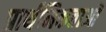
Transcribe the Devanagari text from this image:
प्रार्थमिकताओं